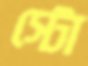
স্টো